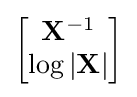
{\begin{bmatrix}\mathbf {X} ^{-1}\\\log |\mathbf {X} |\end{bmatrix}}